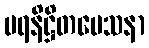
ပရနိဋ္ဌိတမေသနာ